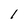
Character: l